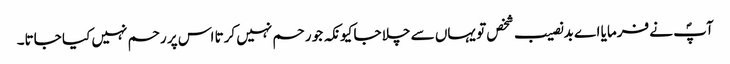
آپؐ نے فرمایا اے بدنصیب شخص تو یہاں سے چلا جا کیونکہ جو رحم نہیں کرتا اس پر رحم نہیں کیا جاتا۔